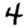
Digit: 4